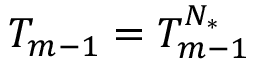
T _ { m - 1 } = T _ { m - 1 } ^ { { N _ { * } } }